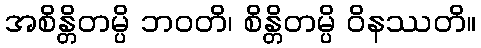
အစိန္တိတမ္ပိ ဘဝတိ၊ စိန္တိတမ္ပိ ဝိနဿတိ။